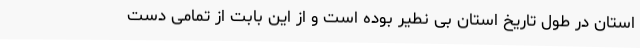
استان در طول تاریخ استان بی نطیر بوده است و از این بابت از تمامی دست